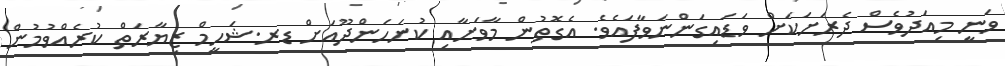
ވަނީ މިއަދުވެސް ދެރަށަކަށް ވަޑައިގަންނަވާފައެވެ. އެގޮތުން މާވަށާއި ކުނަހަންދޫއަށް ޑރ.ޝަހީމް ޒިޔާރަތް ކުރެއްވުމުން